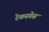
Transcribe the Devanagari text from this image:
रेकस्पेस